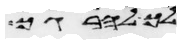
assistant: לך להרגך